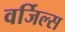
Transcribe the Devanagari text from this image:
वर्जिल्स